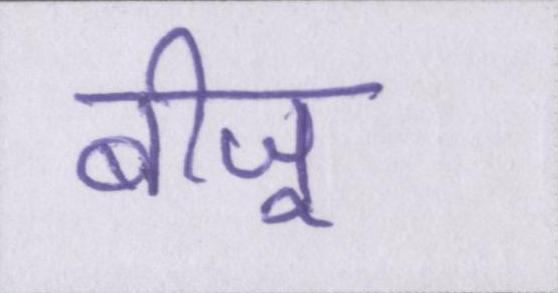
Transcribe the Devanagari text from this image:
बीजू